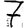
Digit: 7